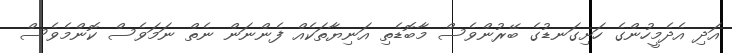
އަދި އެދެމީހުންގެ ހަށިގަނޑުގެ ބޭރުންވެސް މާބޮޑެތި އަނިޔާތަކެއް ފެންނަން ނެތް ނަމަވެސް ކޮންމެވެސް